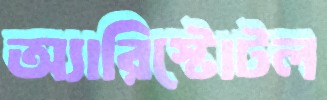
অ্যারিস্টোটল